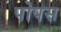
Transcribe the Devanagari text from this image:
पोपस